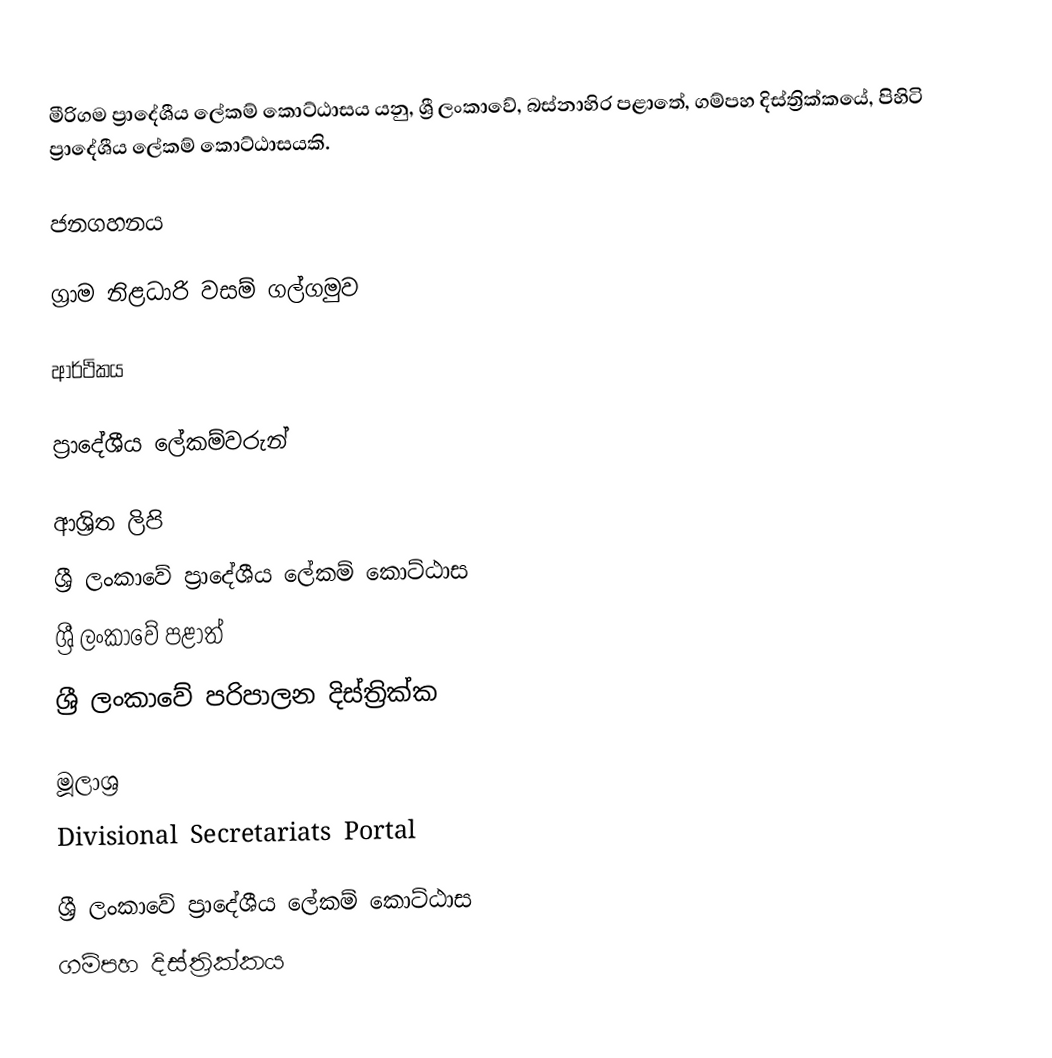
මීරිගම ප්‍රාදේශීය ලේකම් කොට්ඨාසය යනු,  ශ්‍රී ලංකාවේ, බස්නාහිර පළාතේ,   ගම්පහ දිස්ත්‍රික්කයේ, පිහිටි ප්‍රාදේශීය ලේකම් කොට්ඨාසයකි.

ජනගහනය

ග්‍රාම නිළධාරි වසම් ගල්ගමුව

ආර්ථිකය

ප්‍රාදේශීය ලේකම්වරුන්

ආශ්‍රිත ලිපි
ශ්‍රී ලංකාවේ ප්‍රාදේශීය ලේකම් කොට්ඨාස
ශ්‍රී ලංකාවේ පළාත්
ශ්‍රී ලංකාවේ පරිපාලන දිස්ත්‍රික්ක

මූලාශ්‍ර
 Divisional Secretariats Portal

ශ්‍රී ලංකාවේ ප්‍රාදේශීය ලේකම් කොට්ඨාස
ගම්පහ දිස්ත්‍රික්කය